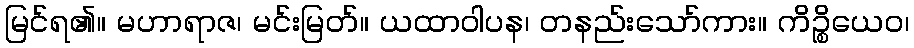
မြင်ရ၏။ မဟာရာဇ၊ မင်းမြတ်။ ယထာဝါပန၊ တနည်းသော်ကား။ ကိဉ္စိယေဝ၊